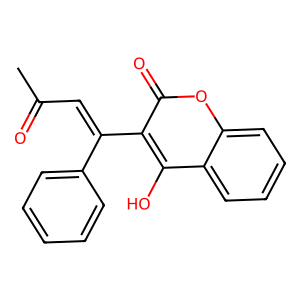
SMILES: CC(=O)C=C(c1ccccc1)c1c(O)c2ccccc2oc1=O
Inhibits HIV replication: No